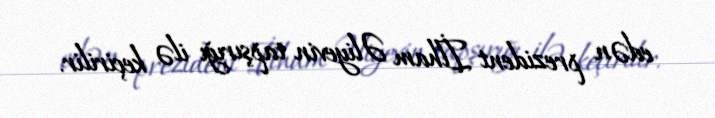
edən prezident İlham Əliyevin tapşırığı ilə keçirilir.